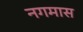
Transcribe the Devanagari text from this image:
नगमास